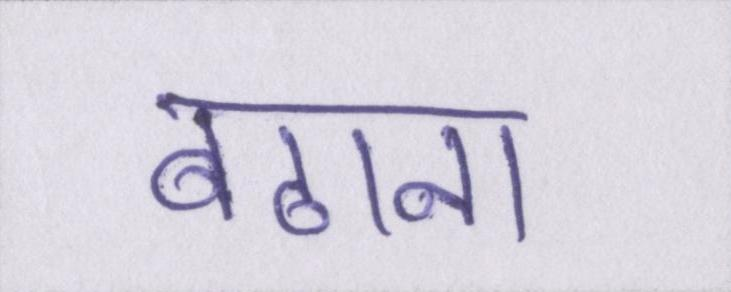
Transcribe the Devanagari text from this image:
बढाना